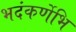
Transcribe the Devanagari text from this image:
भदंकर्णेभि